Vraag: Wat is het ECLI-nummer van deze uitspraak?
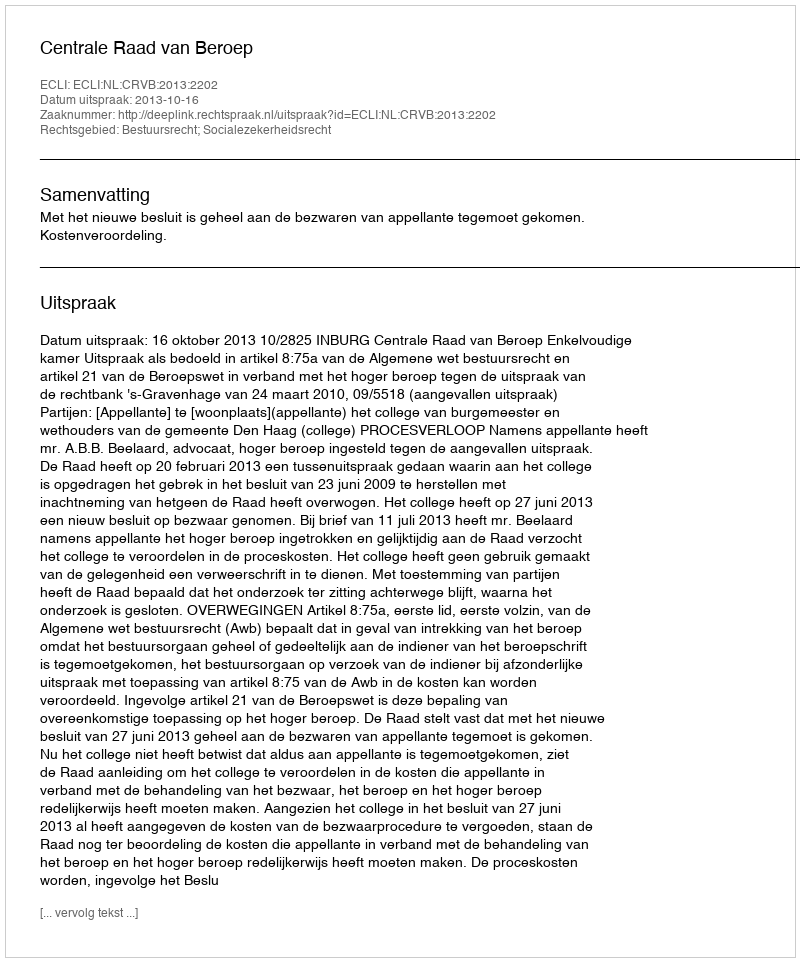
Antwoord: ECLI:NL:CRVB:2013:2202